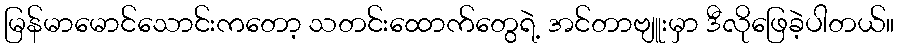
မြန်မာမောင်သောင်းကတော့ သတင်းထောက်တွေရဲ့ အင်တာဗျူးမှာ ဒီလိုဖြေခဲ့ပါတယ်။